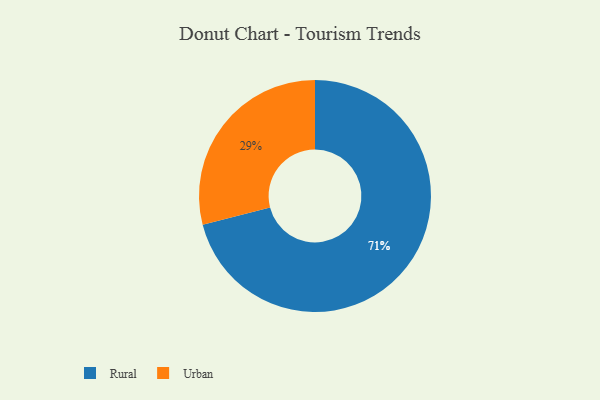
{"axis": {"x": "Category", "y": "Percentage"}, "legend": ["Rural", "Urban"], "data": [{"x": "Rural", "y": 71, "type": "Rural"}, {"x": "Urban", "y": 29, "type": "Urban"}]}